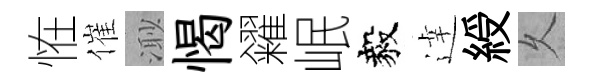
恠催𣺌愒糴岷毅逹綬乆